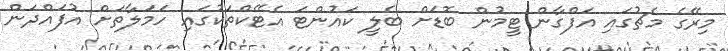
މިރޭގެ މެޗުގައި އަފްގާން ޓީމުން ބޮޑަށް ބެލީ ކައުންޓަ އެޓޭކްތަކުގައި ހަމަލާތަށް އުފައްދަން